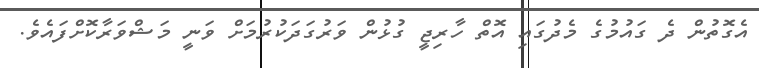
އެގޮތުން ދެ ގައުމުގެ މެދުގައި އޮތް ހާރިޖީ ގުޅުން ވަރުގަދަކުރުމަށް ވަނީ މަޝްވަރާކޮށްފައެވެ.